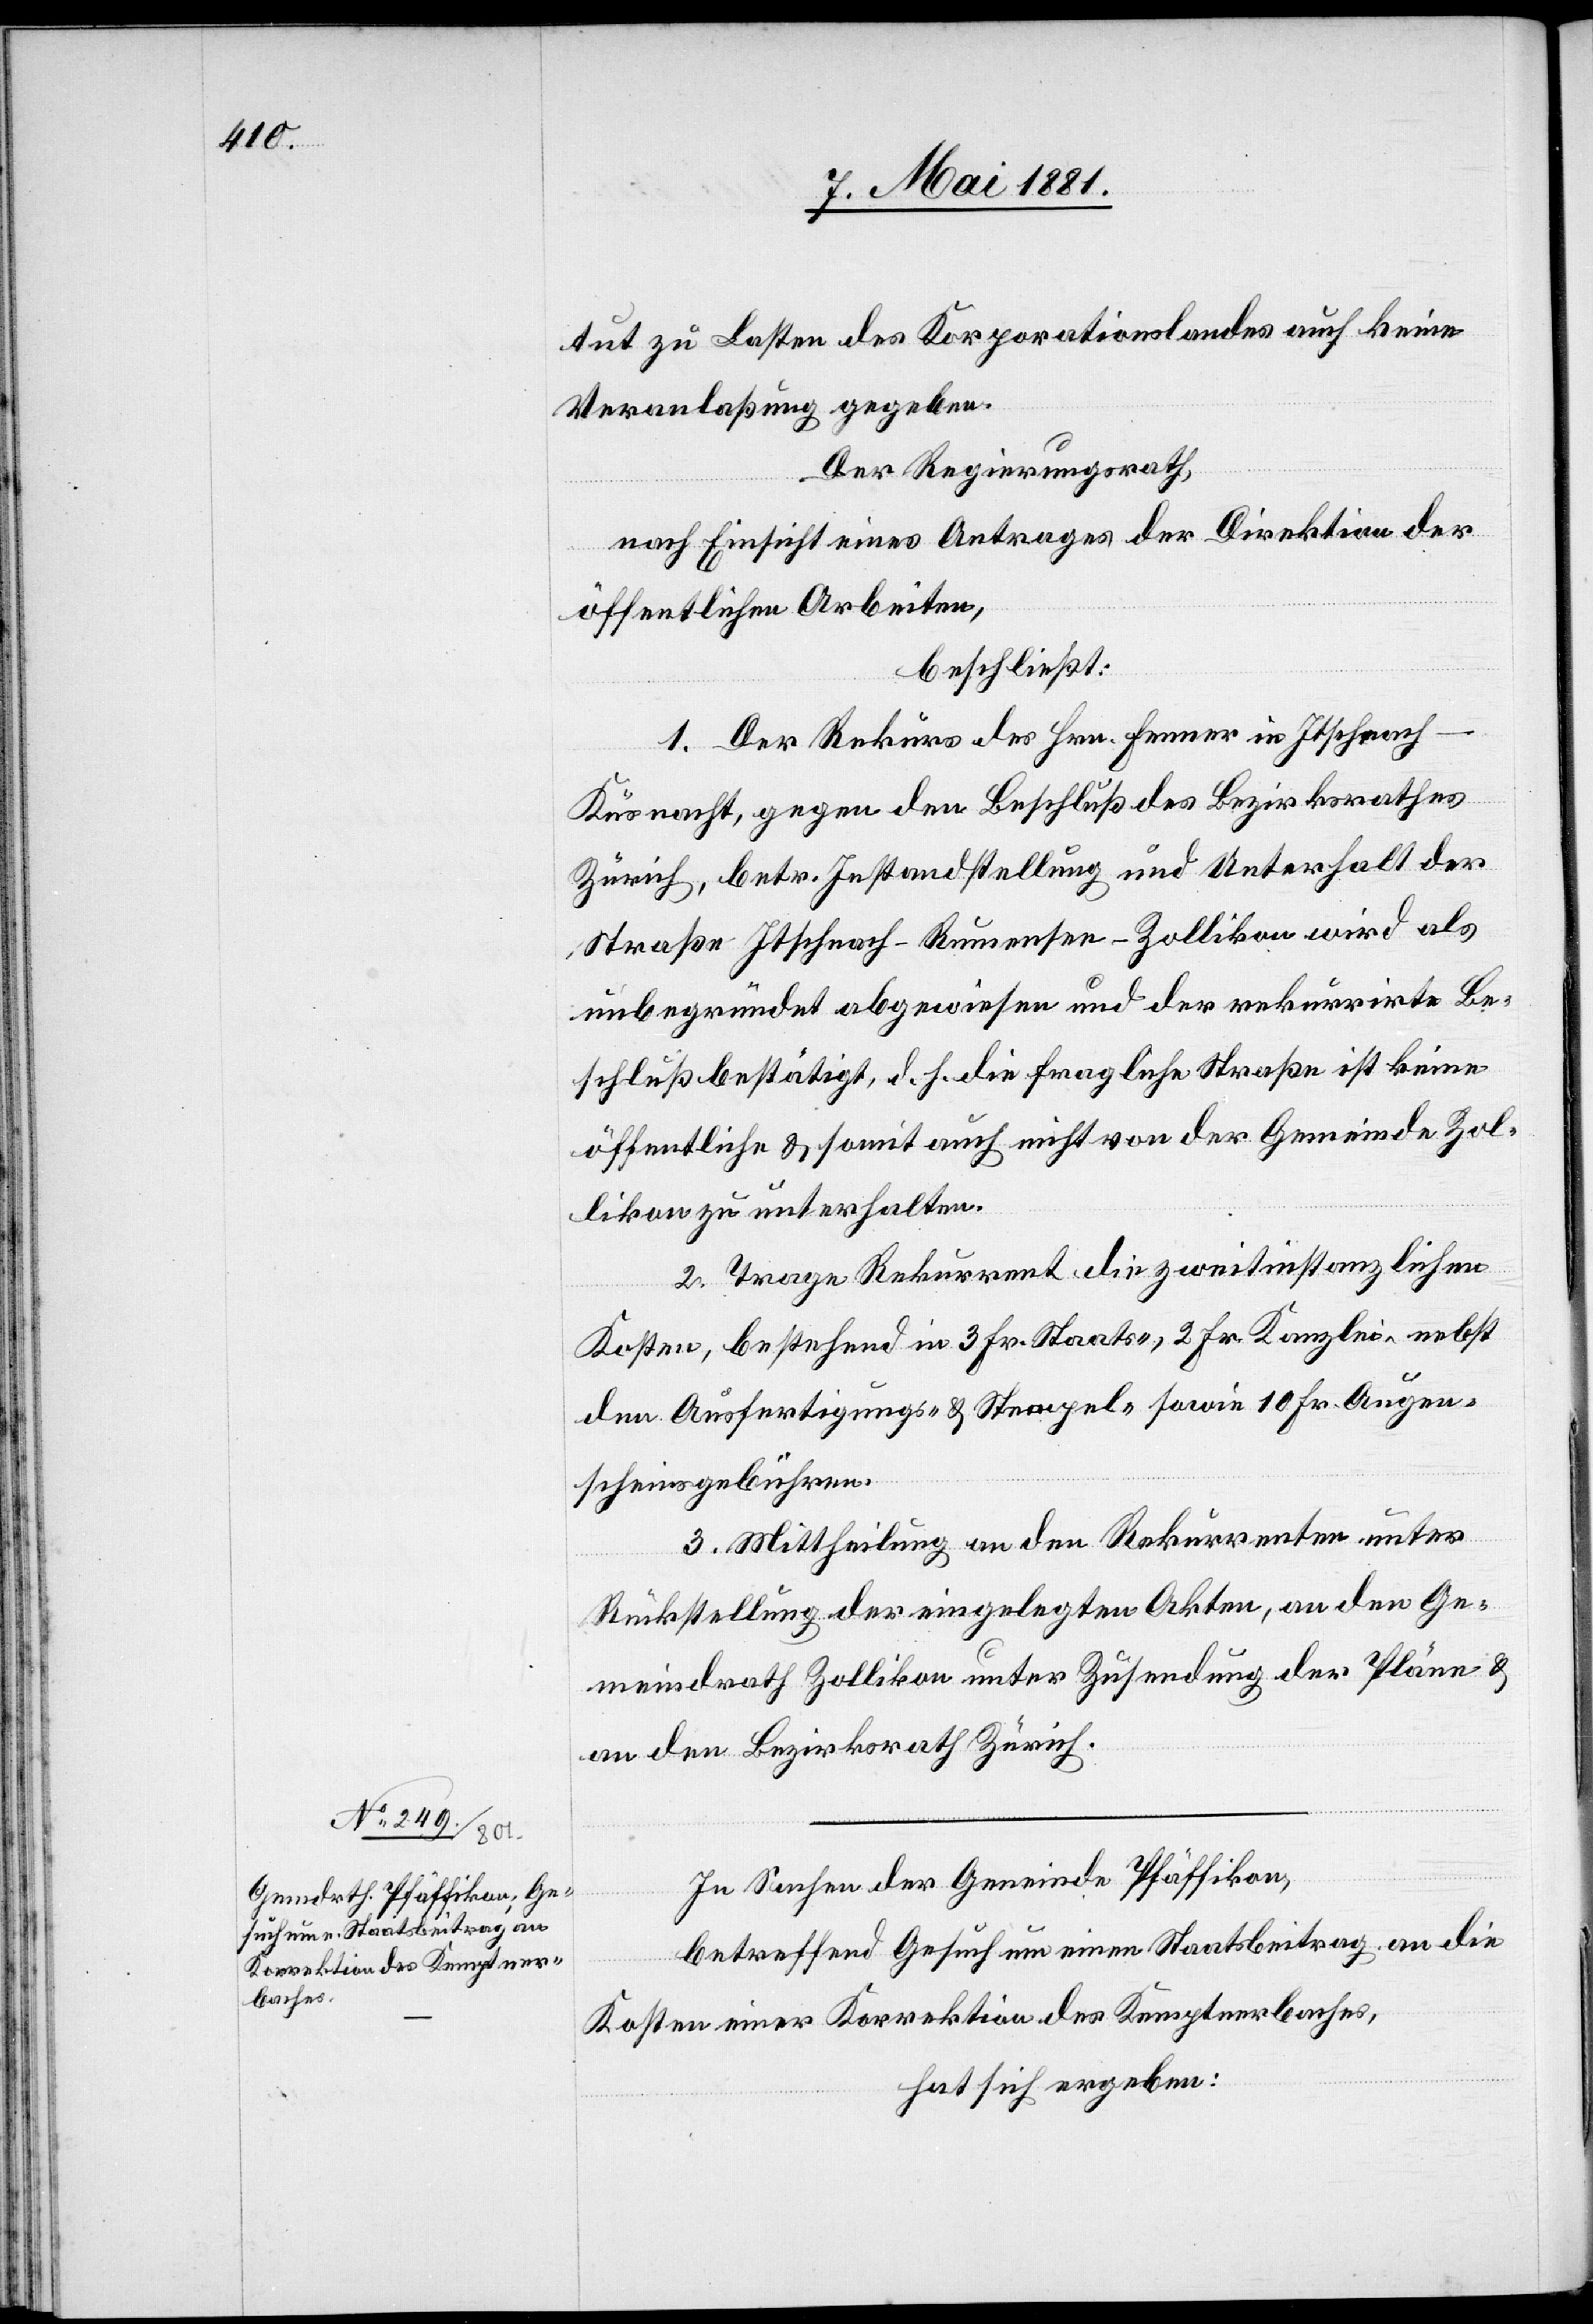
tut zu Lasten des Korporationslandes auch keine
Veranlaßung gegeben.
Der Regierungsrath,
nach Einsicht eines Antrages der Direktion der
öffentlichen Arbeiten,
beschließt:
1. Der Rekurs des Hrn. Fenner in Itschnach
Küsnacht, gegen den Beschluß des Bezirksrathes
Zürich, betr. Instandstellung und Unterhalt der
Straße Itschnach–Rumensee–Zollikon wird als
unbegründet abgewiesen und der rekurrirte Be¬
schluß bestätigt, d. h. die fragliche Straße ist keine
öffentliche & somit auch nicht von der Gemeinde Zol¬
likon zu unterhalten.
2. Trage Rekurrent die zweitinstanzlichen
Kosten, bestehend in 3. Fr. Staats-, 2 Fr. Kanzlei, nebst
den Ausfertigungs- & Stempel- sowie 10 Fr. Augen¬
scheinsgebühren.
3. Mittheilung an den Rekurrenten unter
Rückstellung der eingelegten Akten, an den Ge¬
meindrath Zollikon unter Zusendung der Pläne &
an den Bezirksrath Zürich.
In Sachen der Gemeinde Pfäffikon,
betreffend Gesuch um einen Staatsbeitrag an die
Kosten einer Korrektion des Kemptnerbaches,
hat sich ergeben: